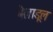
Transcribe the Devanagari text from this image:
बैलाडूल